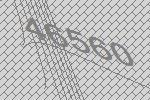
46560